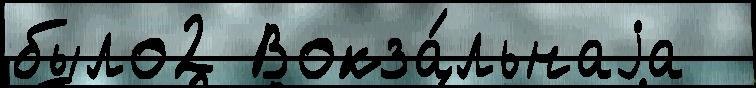
было2 Вокза́льнаjа